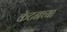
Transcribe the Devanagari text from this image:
कॅटनच्या